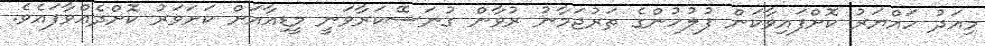
މިއަދު ހައްޔަރު ކޮށްފައިވާކަން ފުލުހުންގެ ތަރުޖަމާނު ރުވާން ގުނަސޭކަރާވަނީ މީޑިއާއަށް ކަށަވަރު ކޮށްދެއްވާފައެވެ.